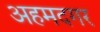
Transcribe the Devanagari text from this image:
अहमदगर